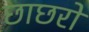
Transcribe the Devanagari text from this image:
छाछरो